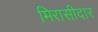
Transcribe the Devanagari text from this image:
मिरासीदार